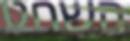
השחט